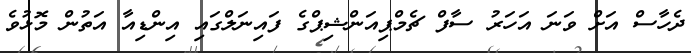
ދެހާސް އަށް ވަނަ އަހަރު ސާފް ޗެމްޕިއަންޝިޕްގެ ފައިނަލްގައި އިންޑިއާ އަތުން މޮޅުވެ